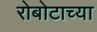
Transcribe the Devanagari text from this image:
रोबोटाच्या